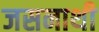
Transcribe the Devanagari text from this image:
जसनाथी